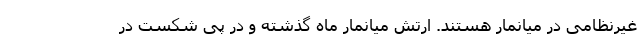
غیرنظامی در میانمار هستند. ارتش میانمار ماه گذشته و در پی شکست در